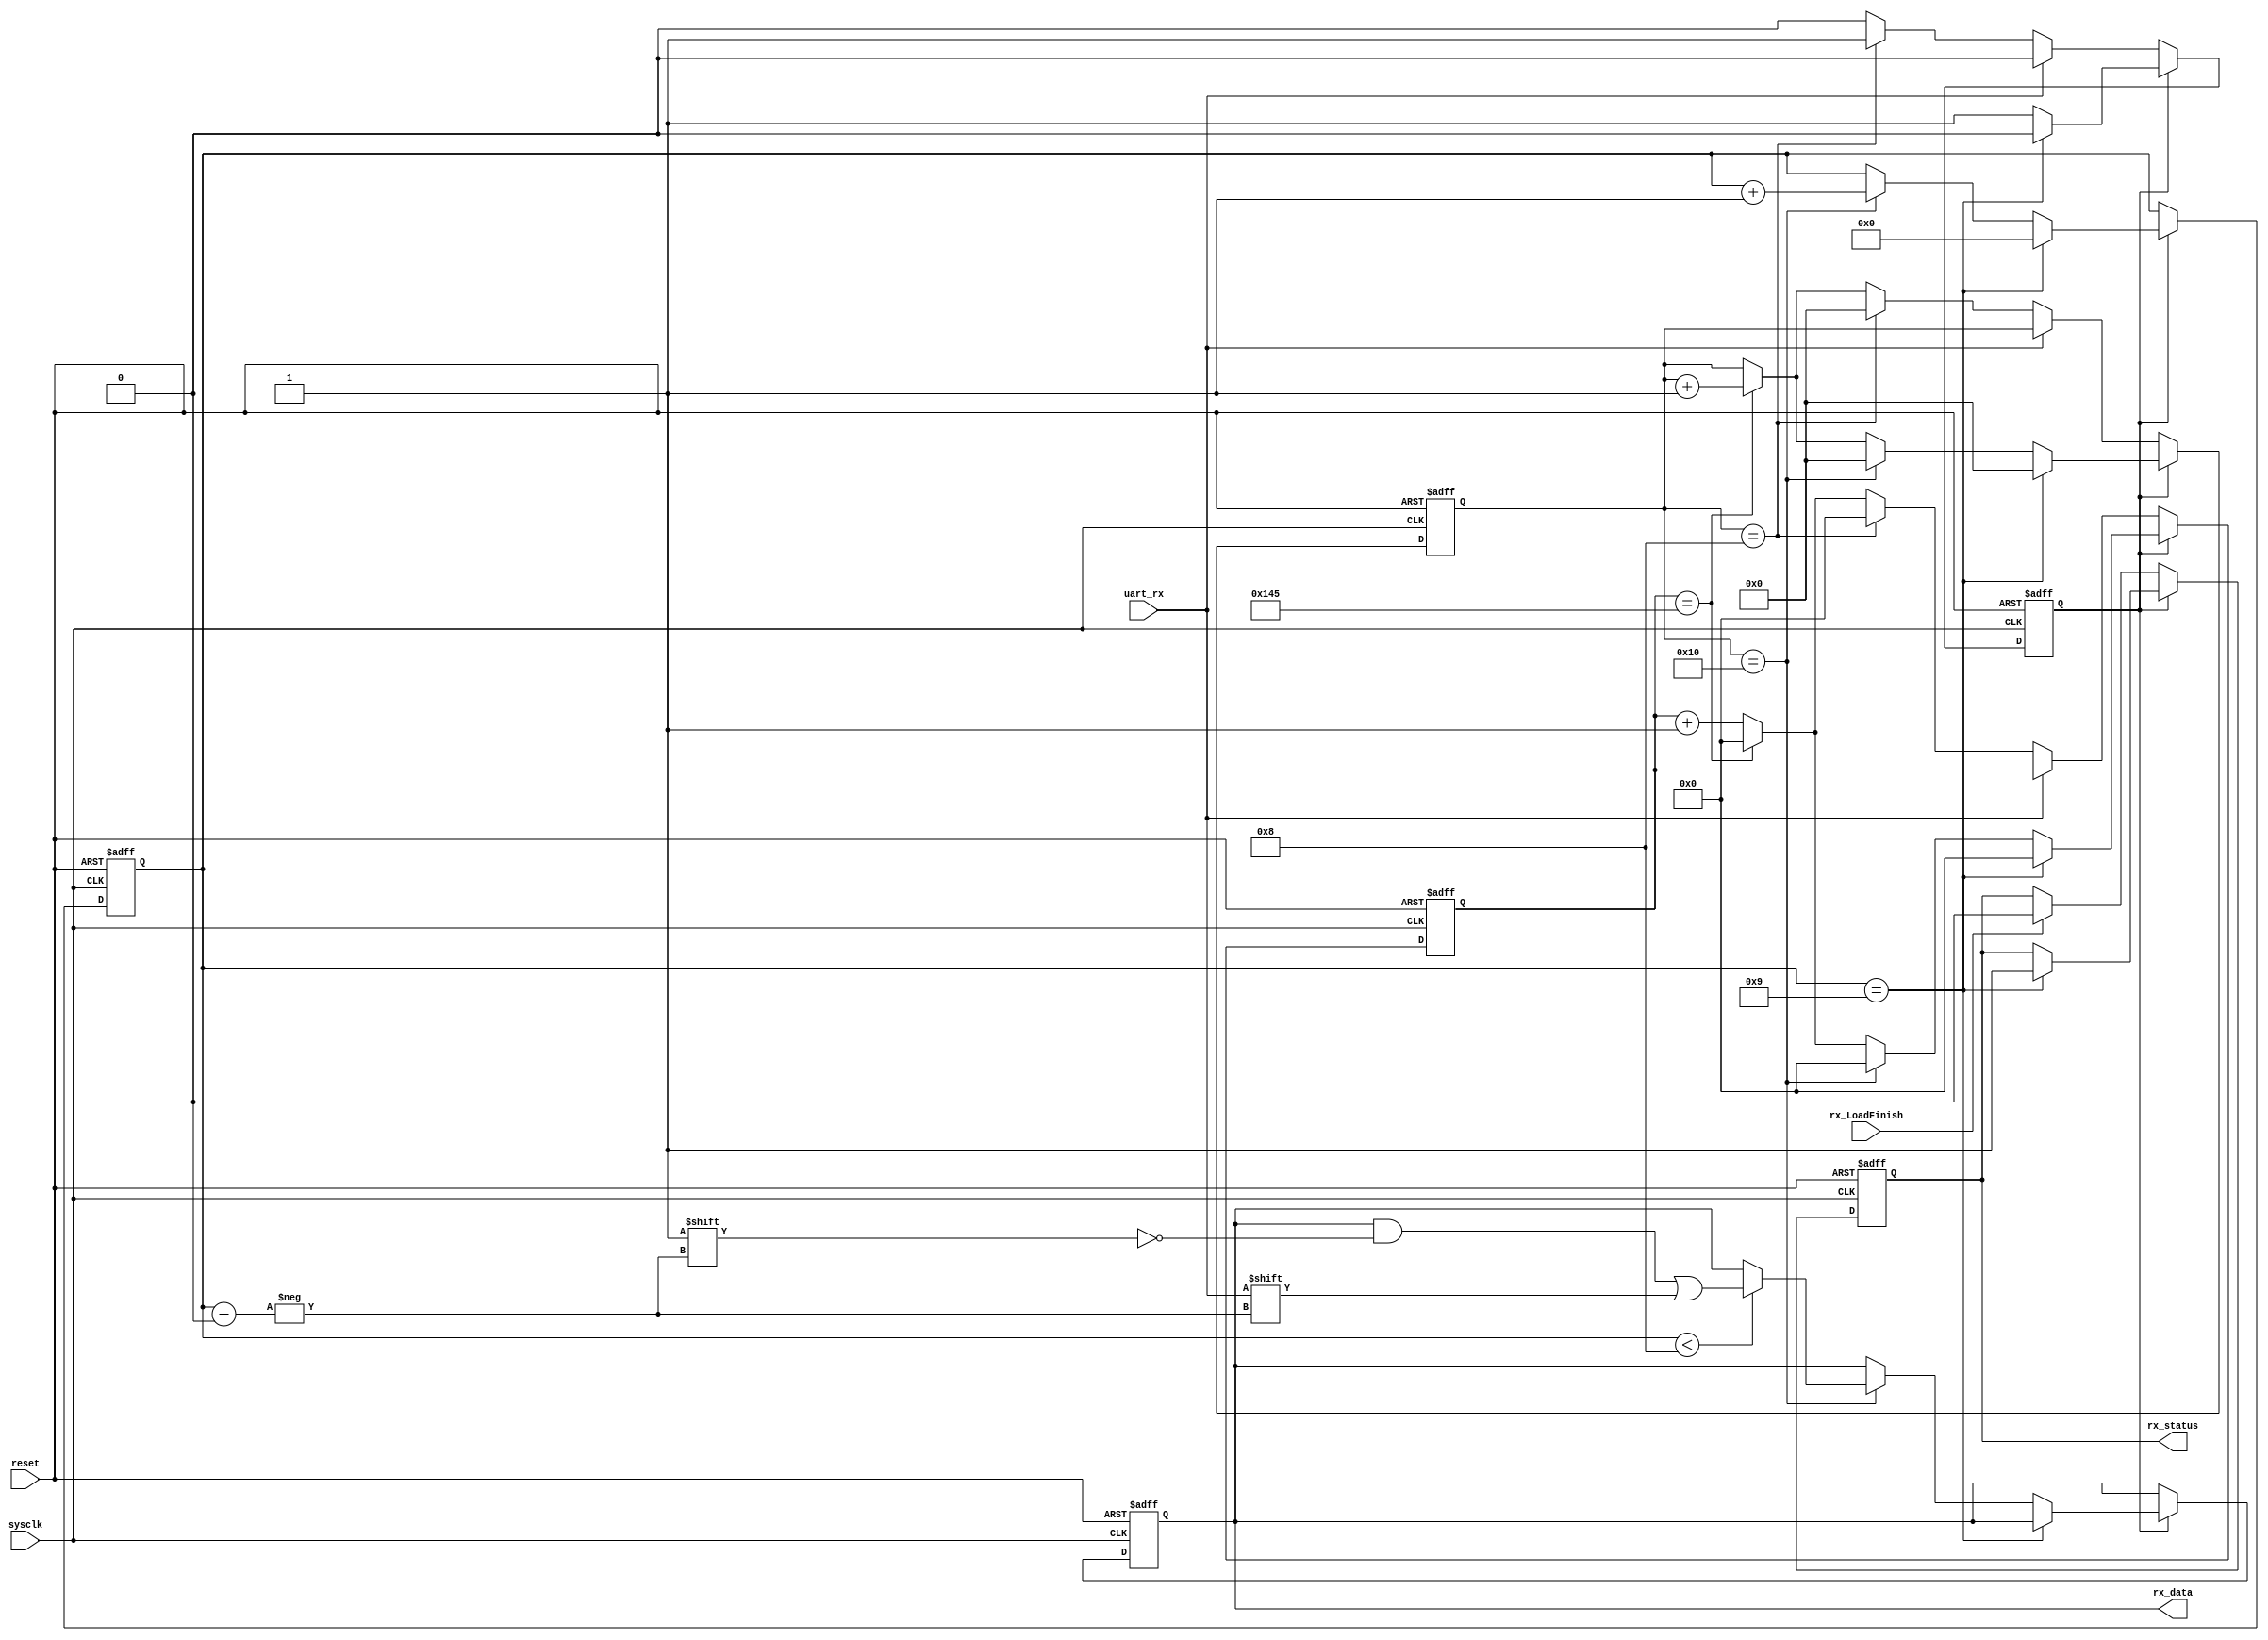
module UART_Receiver(uart_rx, sysclk, rx_data, rx_status, rx_LoadFinish, reset);
input uart_rx, rx_LoadFinish, sysclk, reset;
output reg [7:0] rx_data;
output reg rx_status;

reg [3:0] cnt_catch;	// Sampling count
reg [4:0] cnt_clk;		// Count 153600Hz Clock to generate 9600Hz
reg status;				// Status of Receiver, 0 - idle & start bit, 1- busy
reg [8:0] brcnt16;		// Count sysclk to generate 153600Hz

always @(posedge sysclk or negedge reset)
begin
	if(~reset) begin
		brcnt16 <= 9'd0;
		cnt_catch <= 4'd0;
		cnt_clk <= 5'd0;
		status <= 0;
		rx_status <= 0;
		rx_data <= 8'd0;
		end
	else begin
		if(~status) begin
			if(rx_LoadFinish)
				rx_status <= 0;
			if(~uart_rx) begin
				if(cnt_clk==5'd8) begin
					cnt_clk <= 5'd0;
					status <= 1;
					brcnt16 <= 9'd0;
					end
				else begin
					if (brcnt16 == 9'd325) begin
						brcnt16 <= 9'd0;
						cnt_clk <= cnt_clk + 1;
						end
					else
						brcnt16 <= brcnt16 + 1;
				end
			end
		end
		else begin
			if(cnt_catch==4'd9) begin
				cnt_catch <= 4'd0;
				status <= 0;
				brcnt16 <= 9'd0;
				cnt_clk <= 5'd0;
				rx_status <= 1;
				end
			else begin
				if(cnt_clk == 5'd16) begin
					cnt_clk <= 5'd0;
					brcnt16 <= 9'd0;
					cnt_catch <= cnt_catch+1;
					if (cnt_catch < 4'd8)
						rx_data[cnt_catch]<=uart_rx;
					end
				else begin
					if(brcnt16 == 9'd325) begin
						brcnt16 <= 9'd0;
						cnt_clk <= cnt_clk + 1;
						end
					else
						brcnt16 <= brcnt16 + 1;
				end
			end
		end
	end
end

endmodule


module UART_Sender(tx_data, tx_en, sysclk, tx_status, uart_tx, reset);

input [7:0] tx_data;
input tx_en, sysclk, reset;
output reg tx_status, uart_tx;

reg [3:0] cnt;			// Count bit
reg [9:0] tmp_data;		// Buffer to save data temporily
reg [12:0] brcnt;		// Count sysclk to generate 9600Hz Clock

always @(posedge sysclk or negedge reset)
begin
	if (~reset) begin
		tx_status <= 1'b1;
		uart_tx <= 1'b1;
		cnt <= 4'd0;
		end
	else begin
		if(tx_status) begin
			uart_tx <= 1'b1;
			cnt <= 4'd0;
			brcnt <= 13'd5208;
			if(tx_en) begin
				tmp_data[0] <= 1'b0;
				tmp_data[8:1] <= tx_data;
				tmp_data[9] <= 1'b1;
				tx_status <= 1'b0;
				end
			end
		else begin
			if(brcnt == 13'd5208) begin
				brcnt <= 13'd0;
				if (cnt==4'd10) begin
					cnt <= 4'd0;
					tx_status <= 1'b1;
					end
				else
					uart_tx <= tmp_data[cnt];
					cnt <= cnt + 1;
			end
			else
				brcnt <= brcnt + 12'd1;
		end
	end
end

endmodule

module UART(reset, sysclk, clk, rd, wr, addr, wdata, rdata, UART_RX, UART_TX, RX_IRQ, TX_IRQ);
input sysclk, reset, clk, rd, wr, UART_RX;
input [31:0] addr, wdata;
output UART_TX, RX_IRQ, TX_IRQ;
output reg [31:0] rdata;
wire rx_status, tx_status, tx_over;
wire[7:0] rx_data;
reg[7:0] UART_RXD, UART_TXD;
reg[4:0] UART_CON;
reg tx_en; 

// Read Data
always @(*) begin
	if(rd) begin
		case(addr)
			32'h4000_0018: rdata = {24'd0, UART_TXD};
			32'h4000_001c: rdata = {24'd0, UART_RXD};
			32'h4000_0020: rdata = {27'd0, UART_CON};
			default: rdata = 32'd0;
		endcase
	end
	else
		rdata = 32'd0;
end

always @(posedge clk or negedge reset) begin
	if(~reset) begin
		UART_RXD <= 8'd0;
		UART_TXD <= 8'd0;
		UART_CON <= 5'd0;
		tx_en <= 0;
	end
	else begin
		
		// After receive the data
		if(rx_status) begin
			UART_RXD <= rx_data;
			UART_CON[3] <= 1'b1;
		end
		
		// After send the data
		if(UART_CON[4] && tx_status) begin
			UART_CON[2] <= 1'b1;
		end
		UART_CON[4] <= ~tx_status;
		
		// After read UART_CON
		if(rd && (addr == 32'h4000_0020)) begin
			UART_CON[2] <= 1'b0;
			UART_CON[3] <= 1'b0;
		end
		
		// Write Data
		if(wr) begin
			case(addr)
				32'h4000_0018: begin
					UART_TXD <= wdata[7:0];
					tx_en <= 1;
				end
				32'h4000_0020: UART_CON[1:0] <= wdata[1:0];
				default: ;
			endcase
		end
		if(tx_en)
			tx_en <= 0;
	end
end

// Set Interrupt
assign RX_IRQ = UART_CON[1] && UART_CON[3];
assign TX_IRQ = UART_CON[0] && UART_CON[2];

UART_Receiver UART_Receiver_1(.uart_rx(UART_RX), .sysclk(sysclk), .rx_data(rx_data), .rx_status(rx_status), .rx_LoadFinish(UART_CON[3]), .reset(reset));

UART_Sender UART_Sender_1(.tx_data(UART_TXD), .tx_en(tx_en), .sysclk(sysclk), .tx_status(tx_status), .uart_tx(UART_TX), .reset(reset));

endmodule